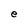
Character: e